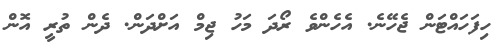
ހިފަހައްޓަން ޖެހޭނެ. އެހެންވެ ރޯދަ މަހު ޖިމް އަށްދަން. ދެން ތުރީ އޮން